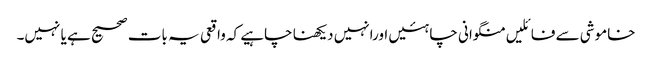
خاموشی سے فائلیں منگوانی چاہئیں اورانہیں دیکھنا چاہیے کہ واقعی یہ بات صحیح ہے یا نہیں۔